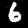
Label: 6